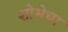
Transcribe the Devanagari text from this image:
शोभेचा